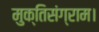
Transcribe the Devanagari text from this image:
मुक्तिसंग्राम।